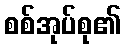
စစ်အုပ်စု၏